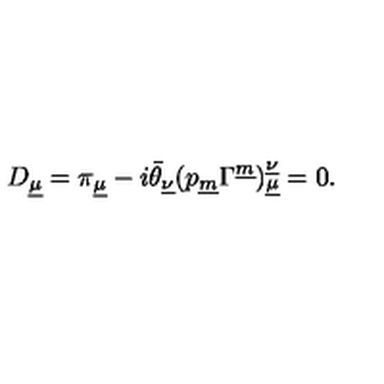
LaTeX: D _ { \underline { \mu } } = \pi _ { \underline { \mu } } - i \bar { \theta } _ { \underline { { \nu } } } ( p _ { \underline { m } } \Gamma ^ { \underline { m } } ) _ { \underline { { \mu } } } ^ { \underline { { \nu } } } = 0 .